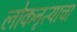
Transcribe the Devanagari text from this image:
लोकनृत्याचा